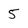
Character: 5